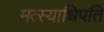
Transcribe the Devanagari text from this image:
मत्स्याधिपति